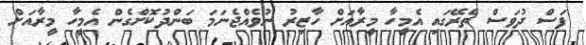
ފަސް ދުވަސް ތެރޭގައި އެމީހާ މީރާއަށް ހާޒިރު ނުވެއްްޖެނަމަ ބަންދުކޮށްގެން އެމީހާ މީރާއަށް